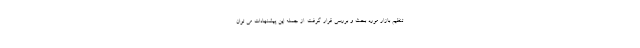
تنظیم بازار مورد بحث و بررسی قرار گرفت. از جمله این پیشنهادات می توان